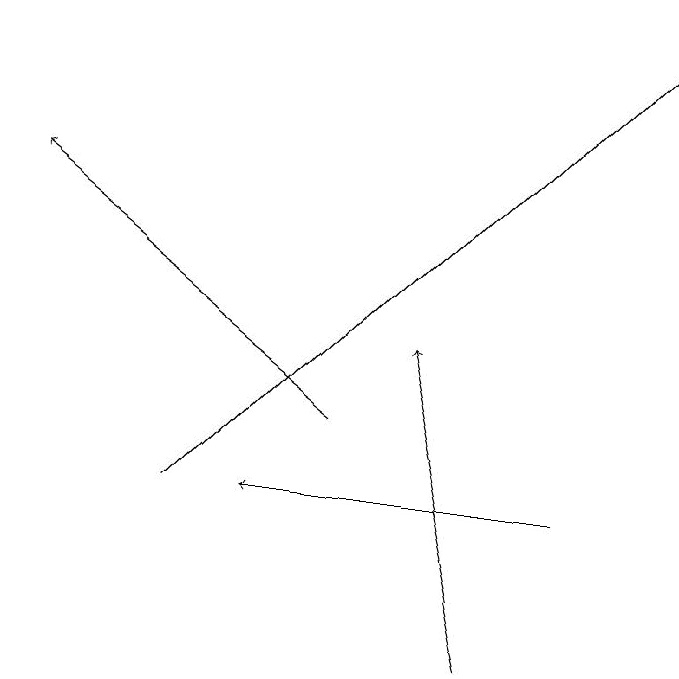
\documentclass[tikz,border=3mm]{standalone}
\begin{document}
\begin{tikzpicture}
\draw[->] (7,10) -- (6,14);
\draw[->] (8,12) -- (4,12);
\draw[->] (5,13) -- (1,16);
\draw[->] (3,12) -- (9,18);
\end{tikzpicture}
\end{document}